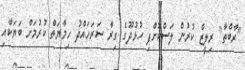
"ރާބްތާ" ރިލީޒް ކުރުން ލަސްކޮށްފި ހުޅުދޫގެ ގިރާ ސަރަހައްދު ހިމާޔަތް ކުރުމަށް ބަޔަކާއި